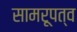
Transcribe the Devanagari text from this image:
सामरूपत्व